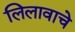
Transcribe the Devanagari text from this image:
लिलावाचे